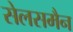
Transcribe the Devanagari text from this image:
सेलसमैन